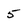
Character: 5